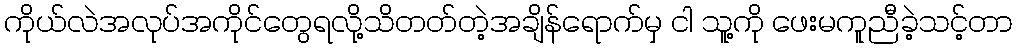
ကိုယ်လဲအလုပ်အကိုင်တွေရလို့သိတတ်တဲ့အချိန်ရောက်မှ ငါ သူ့ကို ဖေးမကူညီခဲ့သင့်တာ